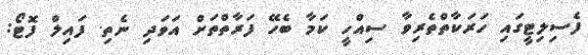
ފެސިލިޓީގައި ހަރަކާތްތެރިވާ ސިއްހީ ކަމާ ބެހޭ ފަރާތްތަށް އަވަދި ނެތި. ފައިލް ފޮޓޯ: